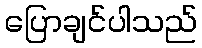
ပြောချင်ပါသည်